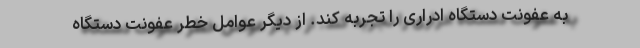
به عفونت دستگاه ادراری را تجربه کند. از دیگر عوامل خطر عفونت دستگاه